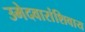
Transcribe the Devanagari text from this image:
उमेदवारांशिवाय